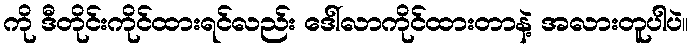
ကို ဒီတိုင်းကိုင်ထားရင်လည်း ဒေါ်လာကိုင်ထားတာနဲ့ အလားတူပါပဲ။